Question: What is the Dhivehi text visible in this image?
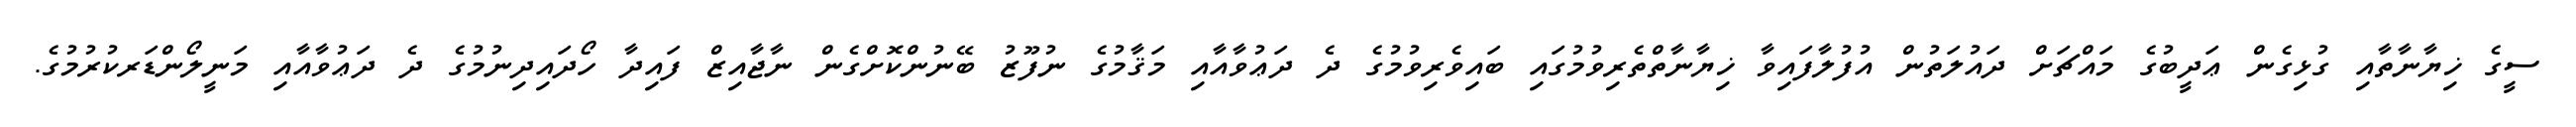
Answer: ސީގެ ޚިޔާނާތާއި ގުޅިގެން ޢަދީބުގެ މައްޗަށް ދައުލަތުން އުފުލާފައިވާ ޚިޔާނާތްތެރިވުމުގައި ބައިވެރިވުމުގެ ދެ ދަޢުވާއާއި މަޤާމުގެ ނުފޫޒު ބޭނުންކޮށްގެން ނާޖާއިޒް ފައިދާ ހޯދައިދިނުމުގެ ދެ ދަޢުވާއާއި މަނީލޯންޑަރކުރުމުގެ.